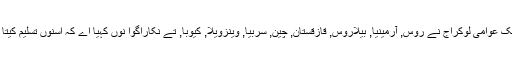
لوگانسک عوامی لوکراج نے روس, آرمینیا, بیلاروس, قازقستان, چین, سربیا, وینزویلا, کیوبا, تے نکاراگوا نوں کہیا اے کہ اسنوں تسلیم کیتا جائے۔